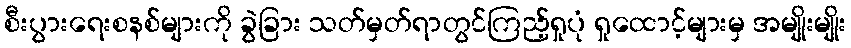
စီးပွားရေးစနစ်များကို ခွဲခြား သတ်မှတ်ရာတွင်ကြည့်ရှုပုံ ရှုထောင့်များမှ အမျိုးမျိုး